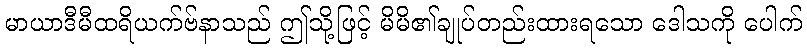
မာယာဒီမီထရိယက်ဗ်နာသည် ဤသို့ဖြင့် မိမိ၏ချုပ်တည်းထားရသော ဒေါသကို ပေါက်